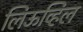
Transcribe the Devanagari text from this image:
लिऊव्हिल